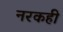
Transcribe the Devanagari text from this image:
नरकही